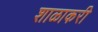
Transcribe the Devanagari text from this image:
शाळाकरी